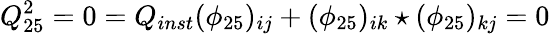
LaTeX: Q_{25}^{2}=0=Q_{inst}(\phi_{25})_{ij}+(\phi_{25})_{ik}\star(\phi_{25})_{kj}=0